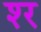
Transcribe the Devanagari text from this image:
श्‍र